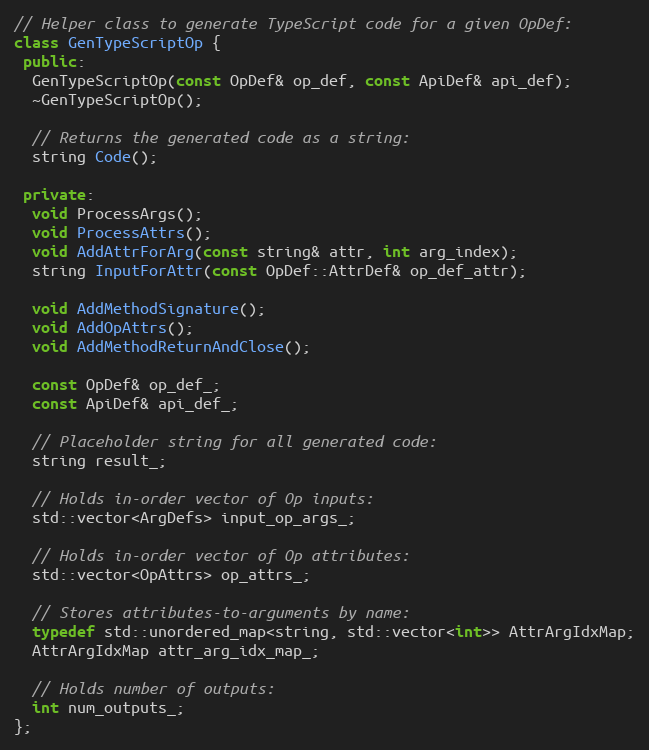
Language: C++
// Helper class to generate TypeScript code for a given OpDef:
class GenTypeScriptOp {
 public:
  GenTypeScriptOp(const OpDef& op_def, const ApiDef& api_def);
  ~GenTypeScriptOp();

  // Returns the generated code as a string:
  string Code();

 private:
  void ProcessArgs();
  void ProcessAttrs();
  void AddAttrForArg(const string& attr, int arg_index);
  string InputForAttr(const OpDef::AttrDef& op_def_attr);

  void AddMethodSignature();
  void AddOpAttrs();
  void AddMethodReturnAndClose();

  const OpDef& op_def_;
  const ApiDef& api_def_;

  // Placeholder string for all generated code:
  string result_;

  // Holds in-order vector of Op inputs:
  std::vector<ArgDefs> input_op_args_;

  // Holds in-order vector of Op attributes:
  std::vector<OpAttrs> op_attrs_;

  // Stores attributes-to-arguments by name:
  typedef std::unordered_map<string, std::vector<int>> AttrArgIdxMap;
  AttrArgIdxMap attr_arg_idx_map_;

  // Holds number of outputs:
  int num_outputs_;
};